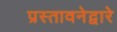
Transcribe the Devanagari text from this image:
प्रस्तावनेद्वारे